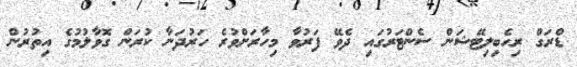
ޑްރަގް ރިހެބިލިޓޭޝަން ސެންޓަރުގައި ދެވޭ ފަރުވާ މިހާރަށްވުރެ ހަރުދަނާ ކުރަން ގޮވާލުމުގެ އިތުރުން